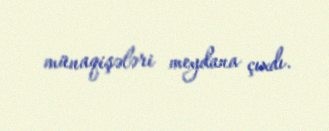
münaqişələri meydana çıxdı.